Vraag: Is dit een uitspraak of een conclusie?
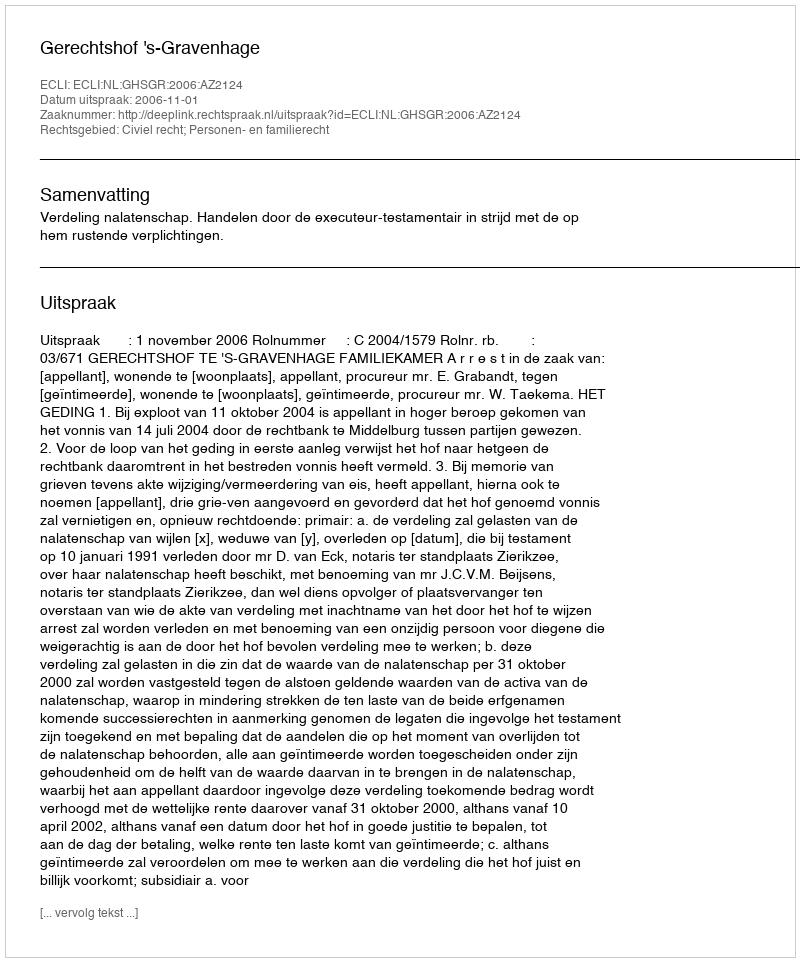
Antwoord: Uitspraak